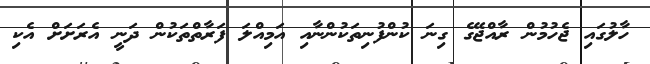
ހާލުގައި ޖެހުމުން ރާއްޖޭގެ ގިނަ ކުންފުނިތަކުންނާއި އަމިއްލަ ފަރާތްތަކުން ދަނީ އެރަށަށް އެކި